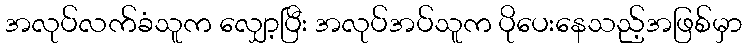
အလုပ်လက်ခံသူက လျှော့ပြီး အလုပ်အပ်သူက ပိုပေးနေသည့်အဖြစ်မှာ